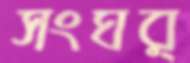
সংঘর্